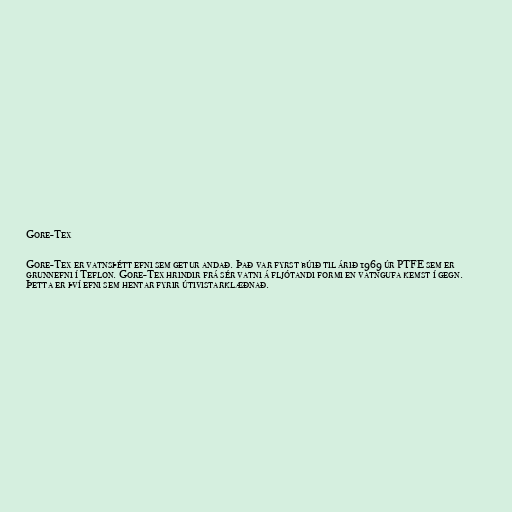
Gore-Tex

Gore-Tex er vatnsþétt efni sem getur andað. Það var fyrst búið til árið 1969 úr PTFE sem er
grunnefni í Teflon. Gore-Tex hrindir frá sér vatni á fljótandi formi en vatngufa kemst í gegn.
Þetta er því efni sem hentar fyrir útivistarklæðnað.